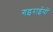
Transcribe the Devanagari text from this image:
गइराईयों